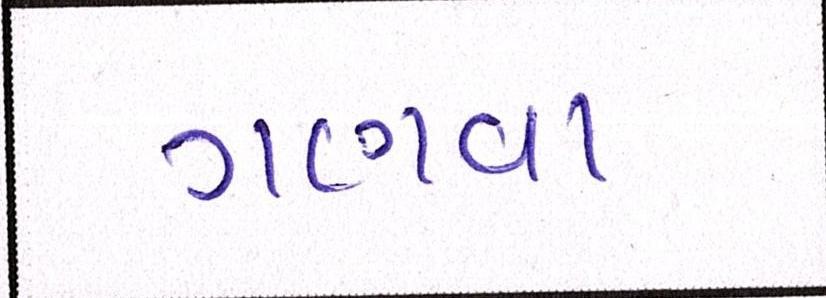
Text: ગણવા